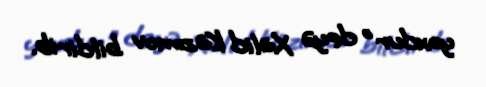
yoxdur" deyə Xalid Kazımov bildirib.